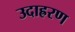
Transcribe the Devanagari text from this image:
उदाह्ररण